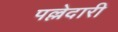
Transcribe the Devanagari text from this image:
पल्लेदारी